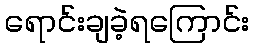
ရောင်းချခဲ့ရကြောင်း